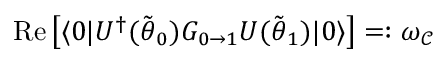
\mathrm { R e } \left[ \ensuremath { \langle { 0 } \rvert } U ^ { \dag } ( \tilde { { \boldsymbol { \theta } } } _ { 0 } ) G _ { 0 \to 1 } U ( \tilde { { \boldsymbol { \theta } } } _ { 1 } ) \ensuremath { \lvert { 0 } \rangle } \right] = : \omega _ { \mathcal { C } }